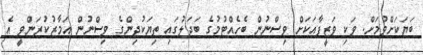
ބަޔަކަށްވުމަށް. ވަކި ވަޒީފާއަކަށް ވިސްނުން ބެހެއްޓުމުގެ ބަދަލުގައި ތިޔަކުދިންގެ ވިސްނުން އަމާޒުކުރަންވީ އެ